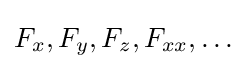
F_{x},F_{y},F_{z},F_{xx},\ldots